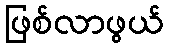
ဖြစ်လာဖွယ်